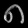
Digit: ၈